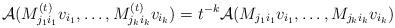
LaTeX: \begin{align*} {\mathcal A}(M_{j_1 i_1}^{(t)} v_{i_1}, \ldots, M_{j_k i_k}^{(t)} v_{i_k}) = t^{-k} {\mathcal A} (M_{j_1 i_1} v_{i_1},\ldots, M_{j_k i_k} v_{i_k}) \end{align*}